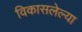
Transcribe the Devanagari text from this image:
विकासलेल्या